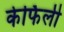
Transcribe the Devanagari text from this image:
केर्फिली